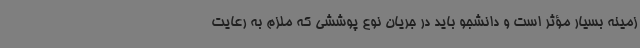
زمینه بسیار مؤثر است و دانشجو باید در جریان نوع پوششی که ملزم به رعایت